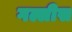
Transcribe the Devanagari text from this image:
गल्लीस